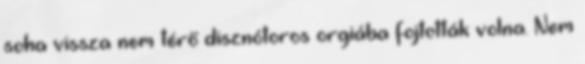
soha vissza nem térő disznótoros orgiába fojtották volna. Nem